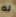
له